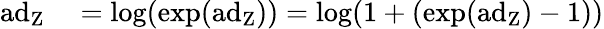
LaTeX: \begin{array}{rl}{\mathrm{ad_{Z}}}&{{}=\mathrm{log}(\mathrm{exp(\mathrm{ad}_{Z})})=\mathrm{log}(1+(\mathrm{exp(\mathrm{ad}_{Z})-1)})}\end{array}